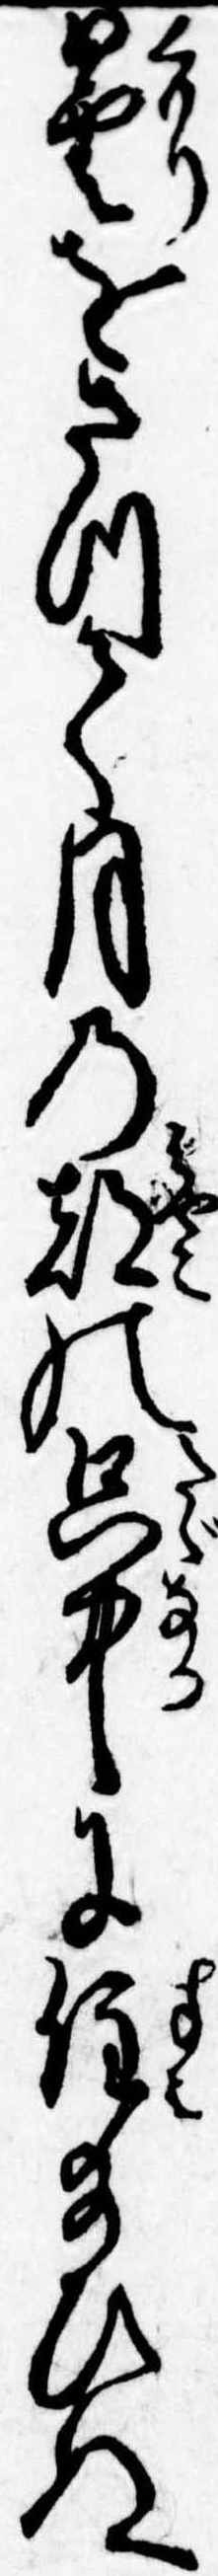
曇をさつて月の都の只中に住給ひぬ